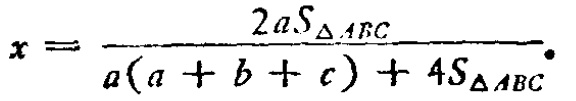
\(x = \frac{2aS_{\triangle ABC}}{a(a + b + c)+4S_{\triangle ABC}}.\)